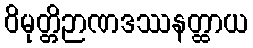
ဝိမုတ္တိဉာဏဒဿနတ္ထာယ